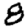
Digit: 8